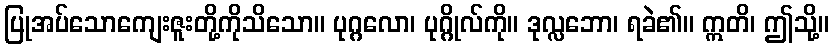
ပြုအပ်သောကျေးဇူးတို့ကိုသိသော။ ပုဂ္ဂလော၊ ပုဂ္ဂိုလ်ကို။ ဒုလ္လဘော၊ ရခဲ၏။ ဣတိ၊ ဤသို့။